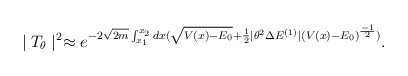
\begin{align*}\mid T_{\theta}\mid^{2}\approx e^{-2\sqrt{2m}\int^{x_{2}}_{x_{1}} dx (\sqrt{V(x)-E_{0}}+\frac{1}{2}\mid\theta^{2}\Delta E^{(1)}\mid(V(x)-E_{0})^{\frac{-1}{2}})}.\end{align*}